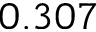
0 . 3 0 7